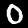
Digit: 0